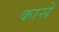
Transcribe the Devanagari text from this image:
कासें